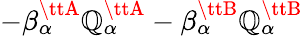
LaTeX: -\beta_{\alpha}^{\ttA}\mathbb{Q}_{\alpha}^{\ttA}-\beta_{\alpha}^{\ttB}\mathbb{Q}_{\alpha}^{\ttB}